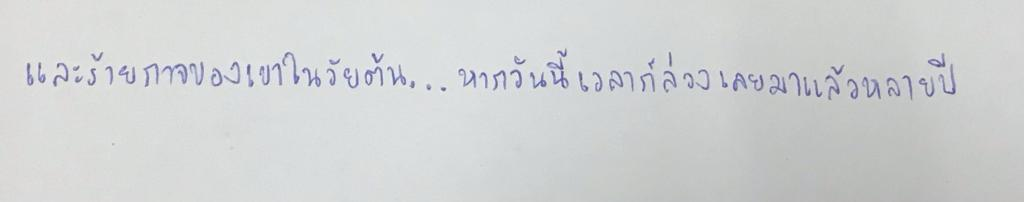
และร้ายกาจของเขาในวัยต้น...หากวันนี้เวลาก็ล่วงเลยมาแล้วหลายปี